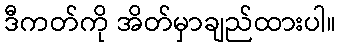
ဒီကတ်ကို အိတ်မှာချည်ထားပါ။